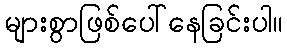
များစွာဖြစ်ပေါ်နေခြင်းပါ။